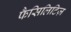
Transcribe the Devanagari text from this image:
फैसिलिटिज़